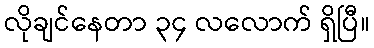
လိုချင်နေတာ ၃၄ လလောက် ရှိပြီ။